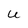
Character: U